Senior Leaving Certificate Examination (including Day School Certificate (Higher) General paper), 1950
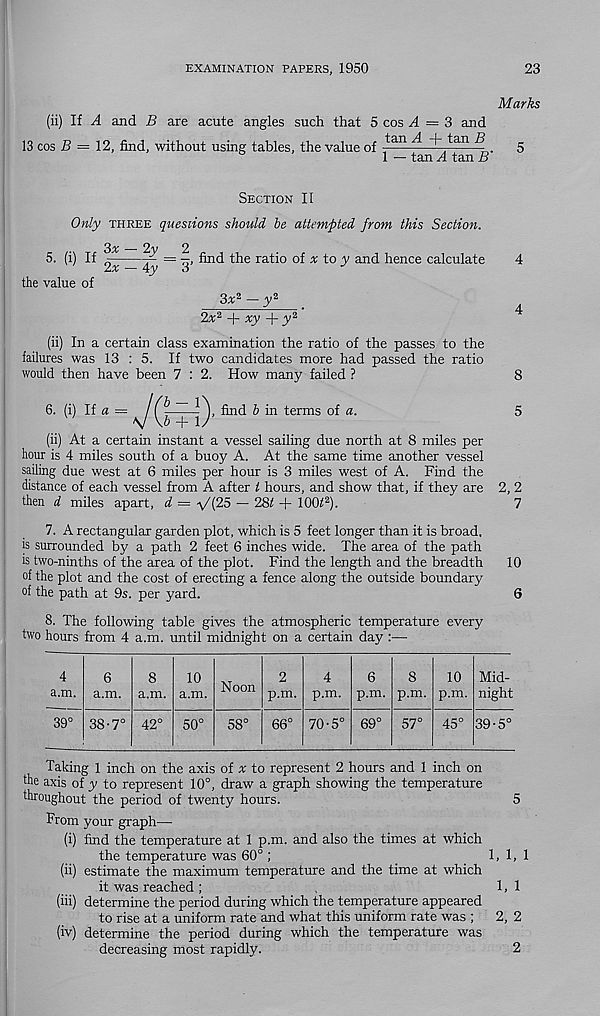
EXAMINATION PAPERS, 1950
23
Marks
(ii) If A and B are acute angles such that 5 cos A = 3 and
13 cos 5 = 12, find, without using tables, the value of tan ^
tan ^
1 — tan A tan B'
SECTION II
Only THREE questions should he attempted from this Section.
5. (i) If
the value of
3^ — 2jy _ 2
2x — Ay
-, find the ratio of A to j; and hence calculate
3* 2 — y 2
2x 2 -}- xy -\- y 2
(ii) In a certain class examination the ratio of the passes to the
failures was 13 : 5. If two candidates more had passed the ratio
would then have been 7 : 2. How many failed ?
6. (i) If « = 7(m) find h in terms of a.
(ii) At a certain instant a vessel sailing due north at 8 miles per
hour is 4 miles south of a buoy A. At the same time another vessel
sailing due west at 6 miles per hour is 3 miles west of A. Find the
distance of each vessel from A after t hours, and show that, if they are
then d miles apart, d — \/[25 — 28i + 1005).
7. A rectangular garden plot, which is 5 feet longer than it is broad,
is surrounded by a path 2 feet 6 inches wide. The area of the path
is two-ninths of the area of the plot. Find the length and the breadth
of the plot and the cost of erecting a fence along the outside boundary
of the path at 9s. per yard.
8. The following table gives the atmospheric temperature every
two hours from 4 a.m. until midnight on a certain day :—
2,2
7
10
4
a.m.
39°
6
a.m.
38 •7°
8
a.m.
42°
10
a.m.
50°
Noon
58°
2
p.m.
66°
4
p.m.
70-5°
6
p.m.
69°
8
p.m.
57°
10
p.m.
45 c
Mid-
night
39-5°
Taking 1 inch on the axis of x to represent 2 hours and 1 inch on
the axis of y to represent 10°, draw a graph showing the temperature
throughout the period of twenty hours.
5
From your graph—
(i) find the temperature at 1 p.m. and also the times at which
the temperature was 60° ;
1,1,1
(ii) estimate the maximum temperature and the time at which
it was reached;
,
1,1
(hi) determine the period during which the temperature appeared
to rise at a uniform rate and what this uniform rate was ; 2, 2
(iv) determine the period during which the temperature was
decreasing most rapidly.
2